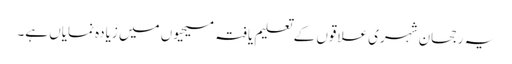
یہ رجحان شہری علاقوں کے تعلیم یافتہ مسیحیوں میں زیادہ نمایاں ہے۔